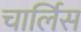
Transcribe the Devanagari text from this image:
चार्लिस